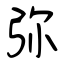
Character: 弥